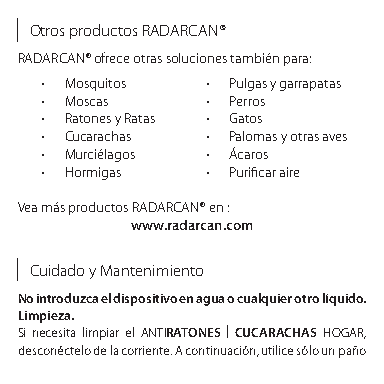
Otros productos RADARCAN®
 RADARCAN® ofrece otras soluciones también para:
 • Mosquitos • Pulgas y garrapatas
 • Moscas   • Perros
 • Ratones y Ratas • Gatos
 • Cucarachas • Palomas y otras aves
 • Murciélagos • Ácaros
 • Hormigas • Purificar aire
 Vea más productos RADARCAN® en :
 www.radarcan.com
 Cuidado y Mantenimiento
 No introduzca el dispositivo en agua o cualquier otro líquido.
 Limpieza.
 Si necesita limpiar el ANTIRATONES | CUCARACHAS HOGAR,
 desconéctelo de la corriente. A continuación, utilice sólo un paño